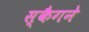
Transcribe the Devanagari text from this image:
स्कैगने